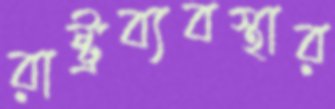
রাষ্ট্রব্যবস্থার